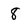
Character: 8